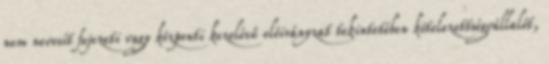
nem nevesít fejezeti vagy központi kezelésű előirányzat tekintetében kötelezettségvállalót,